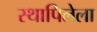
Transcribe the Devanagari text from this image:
स्थापिलेला